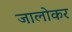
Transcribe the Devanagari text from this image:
जालोकर